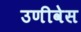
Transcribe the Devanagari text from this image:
उणीवेस